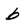
Character: b